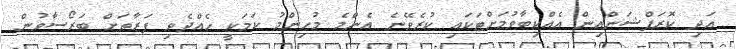
އަދި ކޮރަޕްޝަންއިން އެއްކިބާވުމަށްޓަކައި ކުރެވޭނެ އެންމެ މުހިންމު ކަމަކީ ހެއްދެވި ފަރާތަށް ބަރޯސާވުން